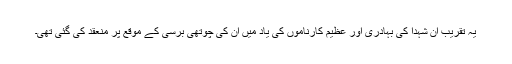
یہ تقریب ان شہدا کی بہادری اور عظیم کارناموں کی یاد میں ان کی چوتھی برسی کے موقع پر منعقد کی گئی تھی۔